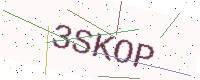
Text: 3SKOP